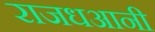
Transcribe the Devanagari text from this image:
राजधआनी